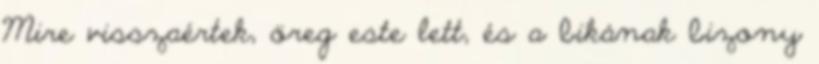
Mire visszaértek, öreg este lett, és a bikának bizony